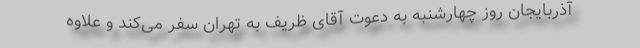
آذربایجان روز چهارشنبه به دعوت آقای ظریف به تهران سفر می‌کند و علاوه